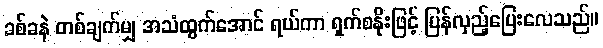
ခစ်ခနဲ တစ်ချက်မျှ အသံထွက်အောင် ရယ်ကာ ရှက်စနိုးဖြင့် ပြန်လှည့်ပြေးလေသည်။